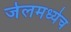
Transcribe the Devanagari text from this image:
जेलमध्येच